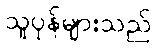
သူပုန်များသည်